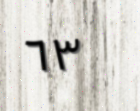
٦٣